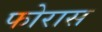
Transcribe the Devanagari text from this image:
फोरास